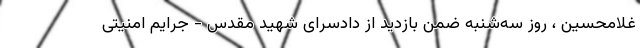
غلامحسین ، روز سه‌شنبه ضمن بازدید از دادسرای شهید مقدس - جرایم امنیتی